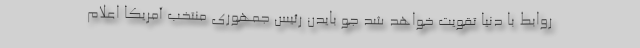
روابط با دنیا تقویت خواهد شد جو بایدن رئیس جمهوری منتخب آمریکا اعلام